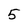
Character: 5